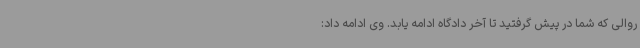
روالی که شما در پیش گرفتید تا آخر دادگاه ادامه یابد. وی ادامه داد: